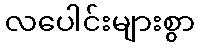
လပေါင်းများစွာ